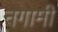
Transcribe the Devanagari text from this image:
नगामी